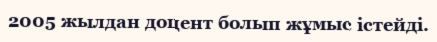
2005 жылдан доцент болып жұмыс істейді.